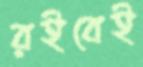
রইবেই